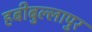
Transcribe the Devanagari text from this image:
हबीबुल्लापुर